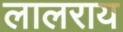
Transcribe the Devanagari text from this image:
लालराय